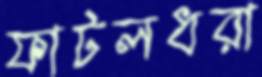
ফাটলধরা